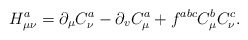
\begin{align*}H_{\mu \nu }^a=\partial _\mu C_\nu ^a-\partial _vC_\mu ^a+f^{abc}C_\mu^bC_\nu ^c.\end{align*}